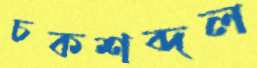
চকশব্দল